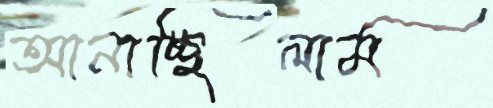
আনাচ্ছিলাম